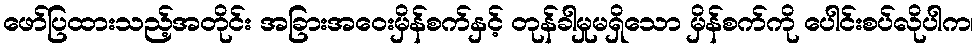
ဖော်ပြထားသည့်အတိုင်း အခြားအဝေးမှိန်စက်နှင့် တုန်ခါမှုမရှိသော မှိန်စက်ကို ပေါင်းစပ်လိုပါက၊